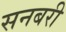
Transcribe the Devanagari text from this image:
सनबरी